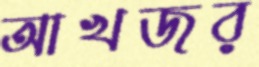
আখজর